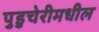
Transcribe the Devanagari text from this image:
पुडुचेरीमधील